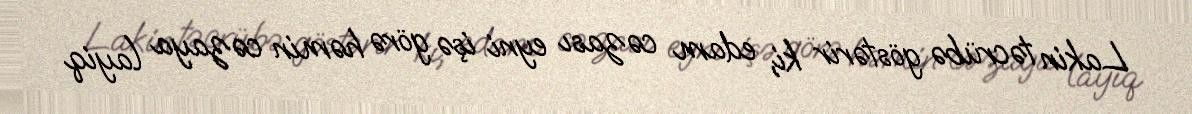
Lakin təcrübə göstərir ki, edam cəzası eyni işə görə həmin cəzaya layiq